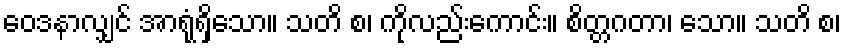
ဝေဒနာလျှင် အာရုံရှိသော။ သတိ စ၊ ကိုလည်းကောင်း။ စိတ္တဂတာ၊ သော။ သတိ စ၊